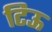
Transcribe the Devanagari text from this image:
टिऊ